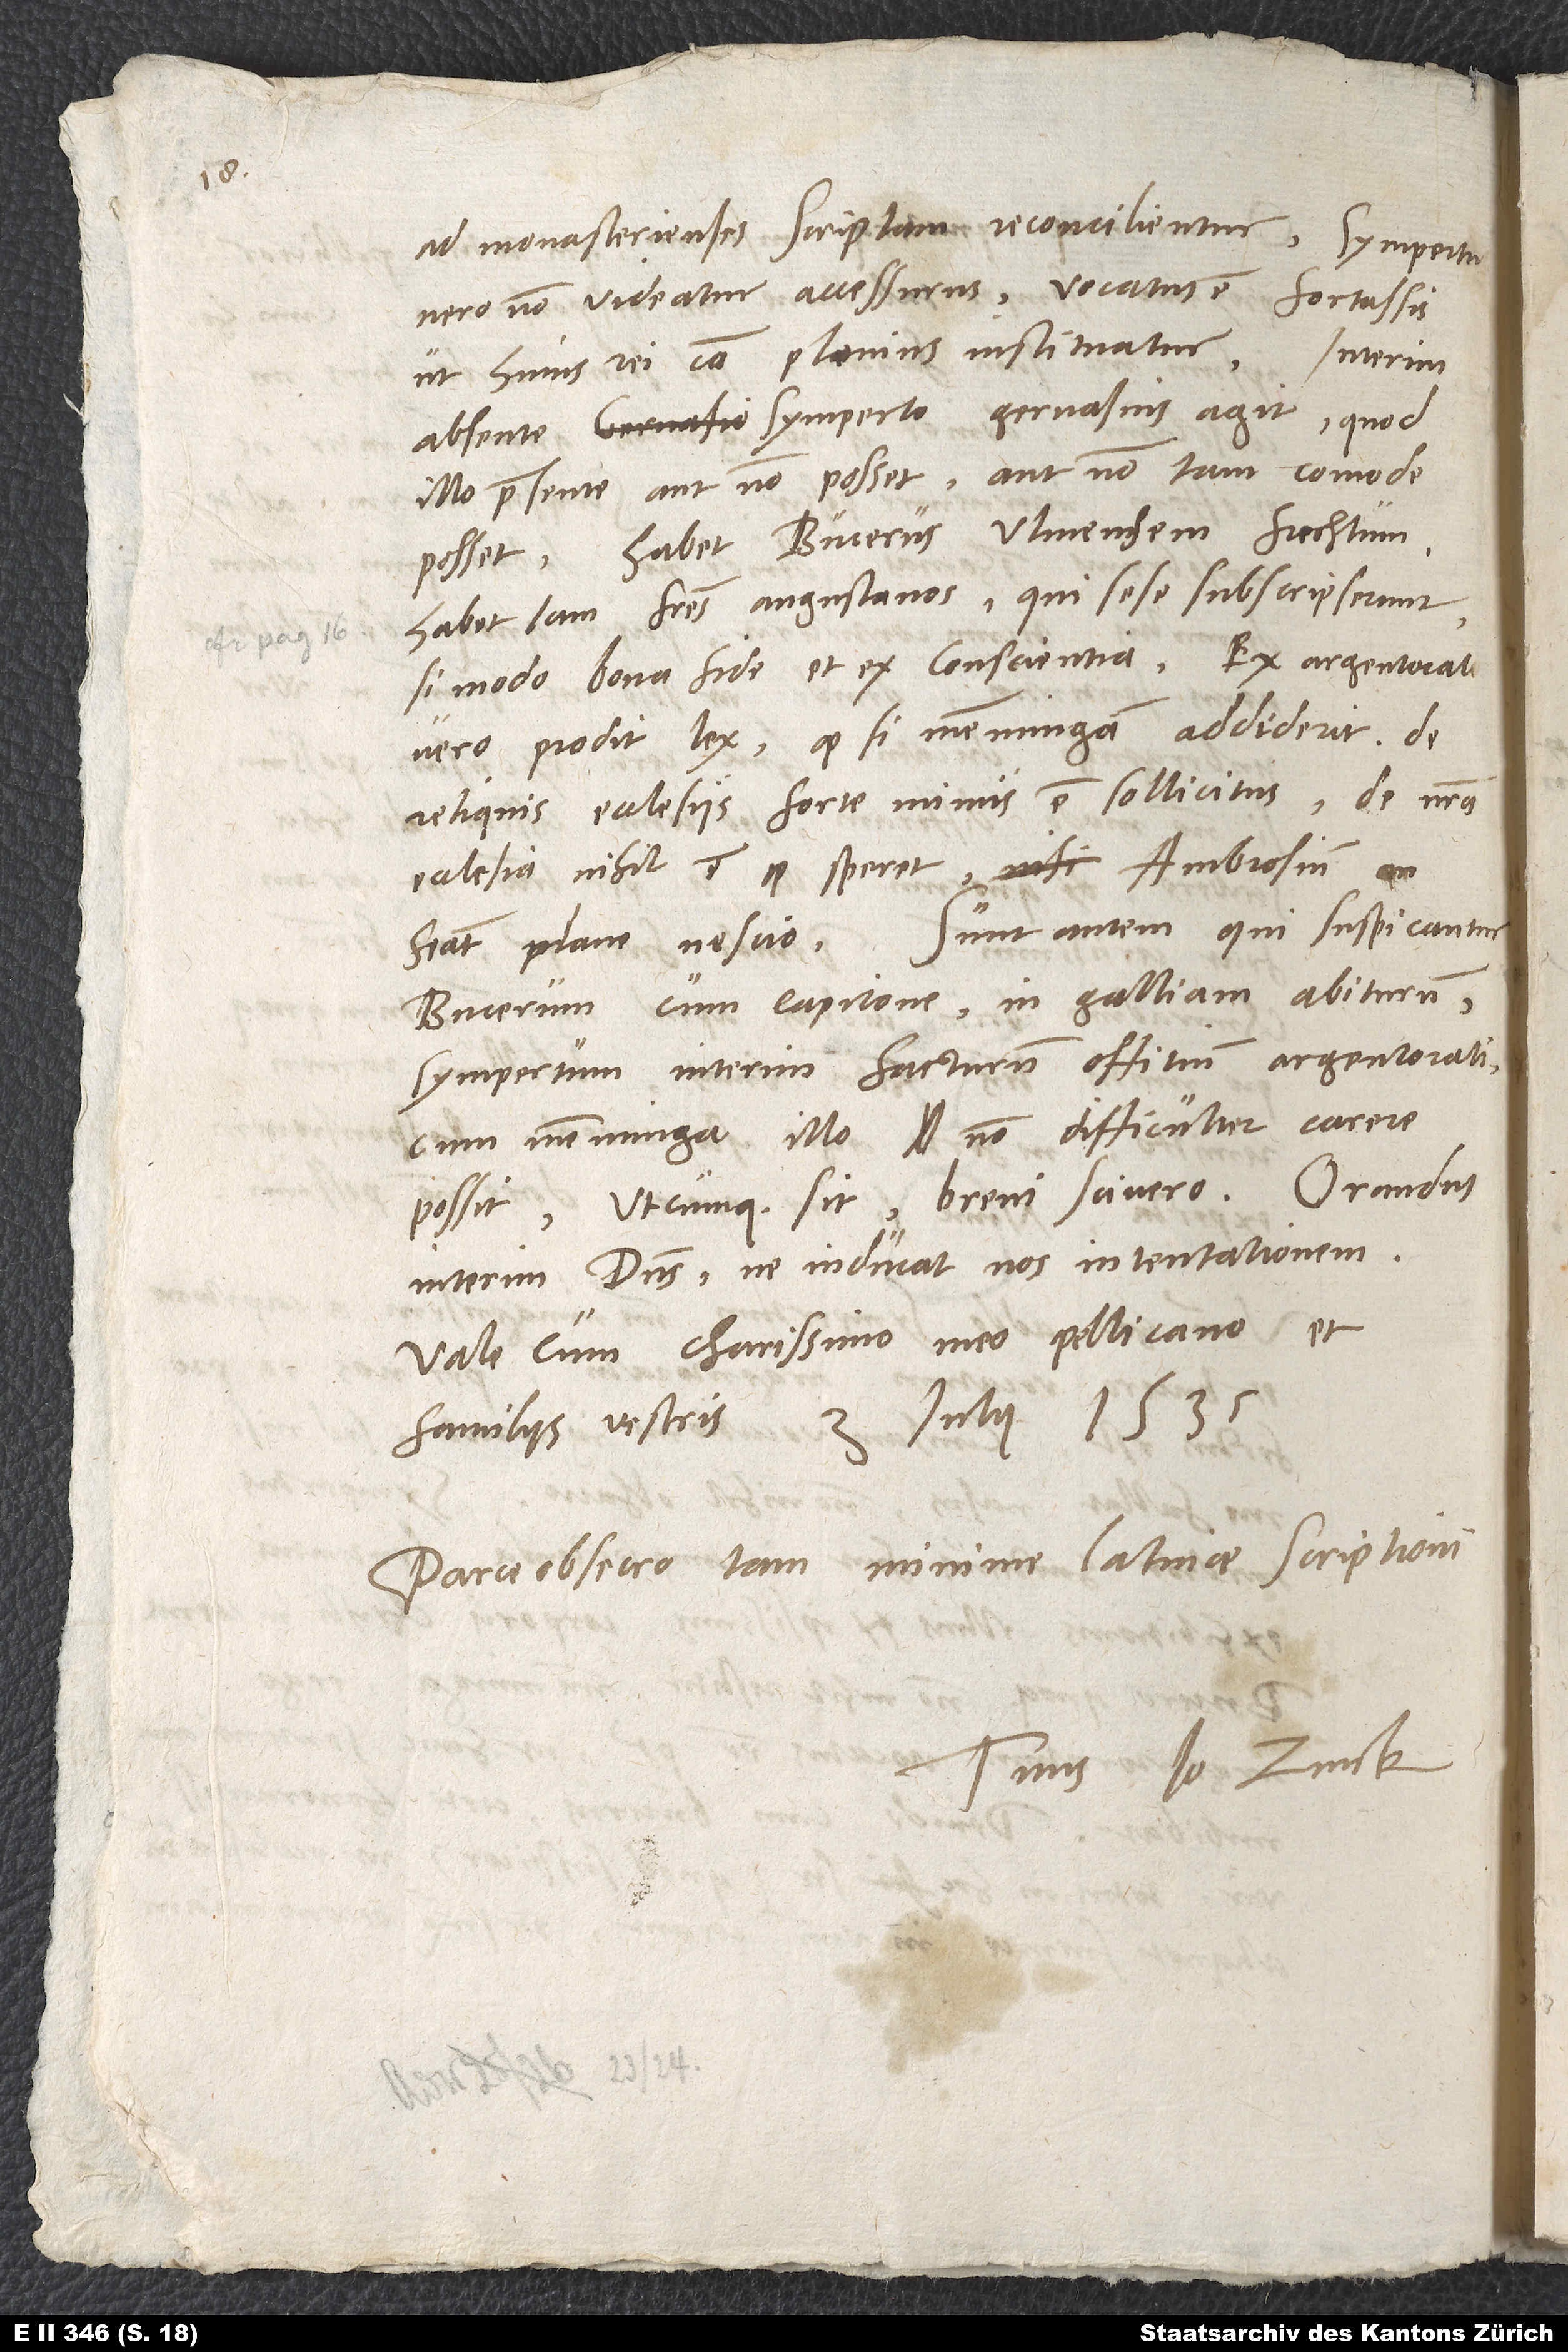
ad Monasterienses scriptam reconcilientur, Sympertus
vero non videatur accessurus, vocatus est fortassis,
ut huius rei causa plenius instituatur. Interim
absente Symperto Gervasius agit, quod
illo praesente aut non posset aut non tam comode
posset. Habet Bucerus Ulmensem Frechtum,
habet iam fratres Augustanos, qui sese subscripserunt,
si modo bona fide et ex conscientia. Ex Argentorato
vero prodit lex. Quodsi Memmingam addiderit, de
reliquis ecclesiis forte minus est sollicitus. De nostra
ecclesia nihil est, quod speret. Ambrosium an
habeat, plane nescio. Sunt autem, qui suspicantur
Bucerum cum Capitone in Galliam abiturum,
Sympertum interim facturum offitium Argentorati,
cum Memminga illo non difficulter carere
possit. Utcumque sit, brevi scivero. Orandus
interim dominus, ne inducat nos in tentationem.
Vale cum charissimo meo Pellicano et
Parce, obsecro, tam minime latinae scriptioni.
Tuus Io. Zvick.